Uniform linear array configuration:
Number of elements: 12
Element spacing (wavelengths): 0.5
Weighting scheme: hann
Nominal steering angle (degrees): -30
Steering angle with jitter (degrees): -28.892
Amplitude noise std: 0.05
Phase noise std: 0.05

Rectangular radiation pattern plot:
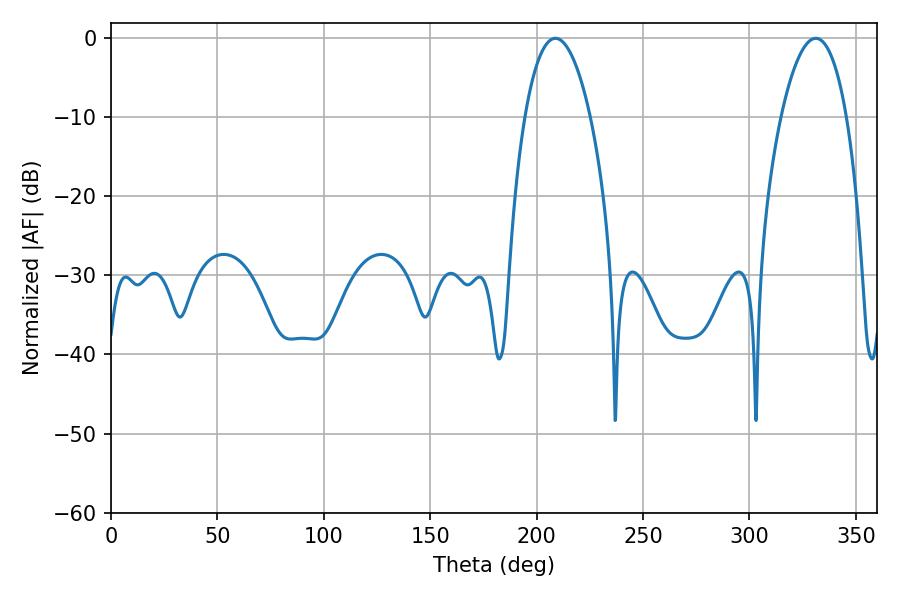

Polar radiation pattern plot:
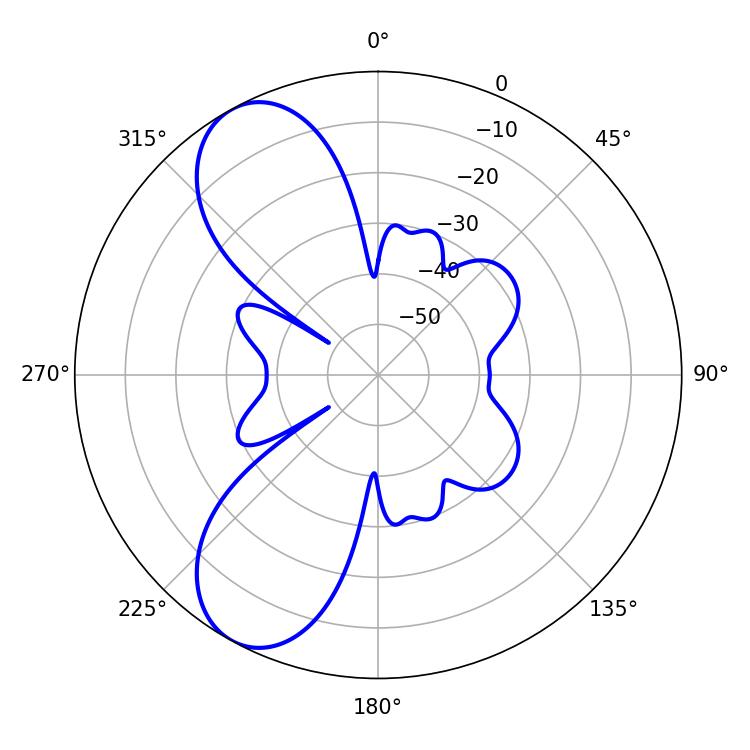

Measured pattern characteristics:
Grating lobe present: FALSE
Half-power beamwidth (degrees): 17.28
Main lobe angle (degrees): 208.8